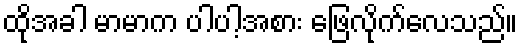
ထိုအခါ မာမာက ပါပါ့အစား ဖြေလိုက်လေသည်။